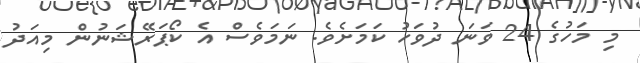
މި މަހުގެ 24 ވަނަ ދުވަހު ކަމަށެވެ. ނަމަވެސް އެ ކޯޕަރޭޝަނުން މިއަދު